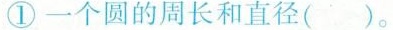
①一个圆的周长和直径()。